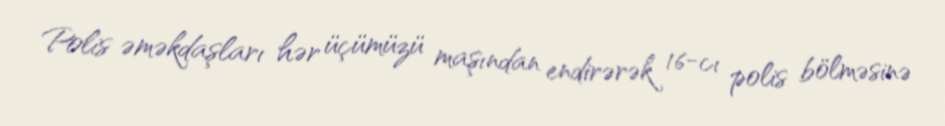
Polis əməkdaşları hər üçümüzü maşından endirərək 16-cı polis bölməsinə